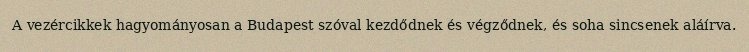
A vezércikkek hagyományosan a Budapest szóval kezdődnek és végződnek, és soha sincsenek aláírva.